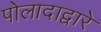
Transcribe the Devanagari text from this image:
पोलादाद्वारे